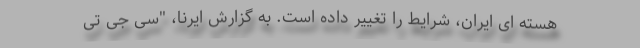
هسته ای ایران، شرایط را تغییر داده است. به گزارش ایرنا، "سی جی تی